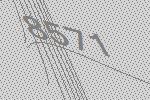
8571